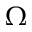
\Omega